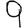
Digit: 9